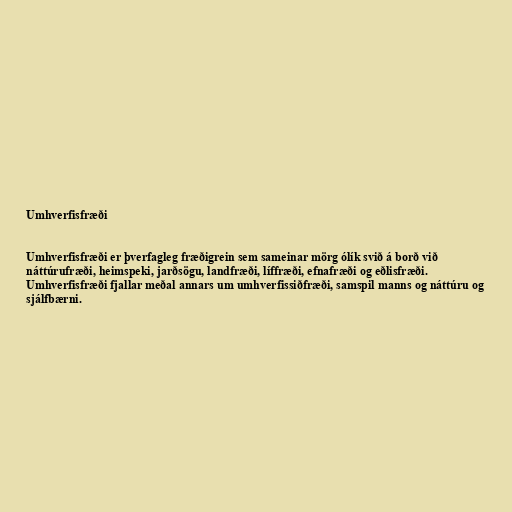
Umhverfisfræði

Umhverfisfræði er þverfagleg fræðigrein sem sameinar mörg ólík svið á borð við
náttúrufræði, heimspeki, jarðsögu, landfræði, líffræði, efnafræði og eðlisfræði.
Umhverfisfræði fjallar meðal annars um umhverfissiðfræði, samspil manns og náttúru og
sjálfbærni.